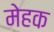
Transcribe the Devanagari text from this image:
मेहक